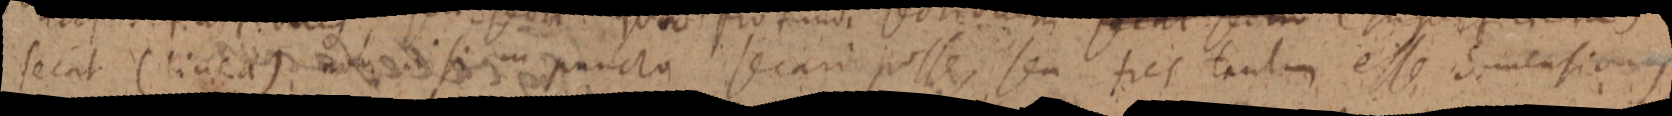
secat (linea) non nisi in puncto secari posse, seu tres tantum esse dimensiones